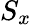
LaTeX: S_{x}